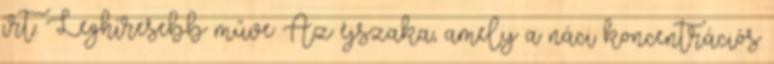
írt. Leghíresebb műve Az éjszaka, amely a náci koncentrációs